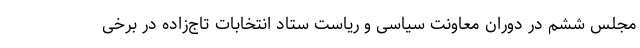
مجلس ششم در دوران معاونت سیاسی و ریاست ستاد انتخابات تاج‌زاده در برخی